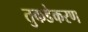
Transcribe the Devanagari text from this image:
तुकडेकरण